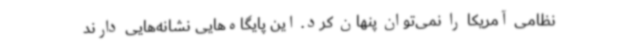
نظامی آمریکا را نمی‌توان پنهان کرد. این پایگاه‌هایی نشانه‌هایی دارند